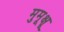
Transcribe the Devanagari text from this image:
मुमूक्षू